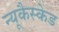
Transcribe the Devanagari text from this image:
न्यूकैस्केड